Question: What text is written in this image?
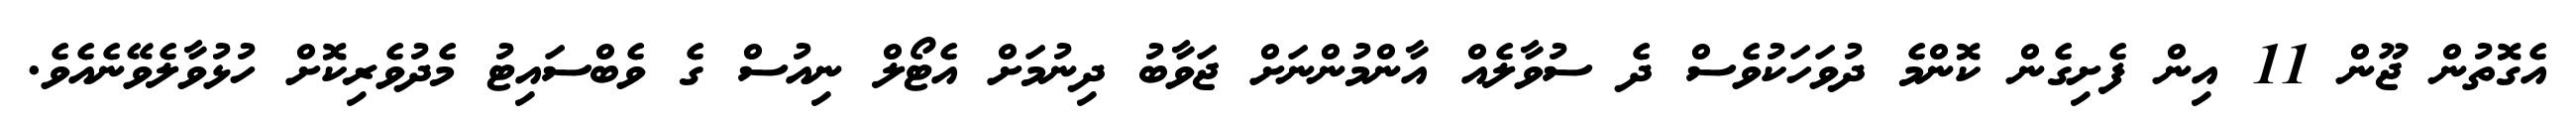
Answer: އެގޮތުން ޖޫން 11 އިން ފެށިގެން ކޮންމެ ދުވަހަކުވެސް ދެ ސުވާލެއް އާންމުންނަށް ޖަވާބު ދިނުމަށް އެޓޯލް ނިއުސް ގެ ވެބްސައިޓު މެދުވެރިކޮށް ހުޅުވާލެވޭނެއެވެ.